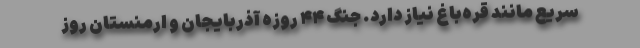
سریع مانند قره‌باغ نیاز دارد. جنگ ۴۴ روزه آذربایجان و ارمنستان روز